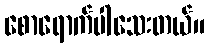
စောရောက်ပါသေးတယ်။